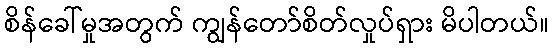
စိန်ခေါ်မှုအတွက် ကျွန်တော်စိတ်လှုပ်ရှား မိပါတယ်။